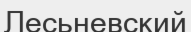
Лесьневский